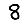
Digit: 8